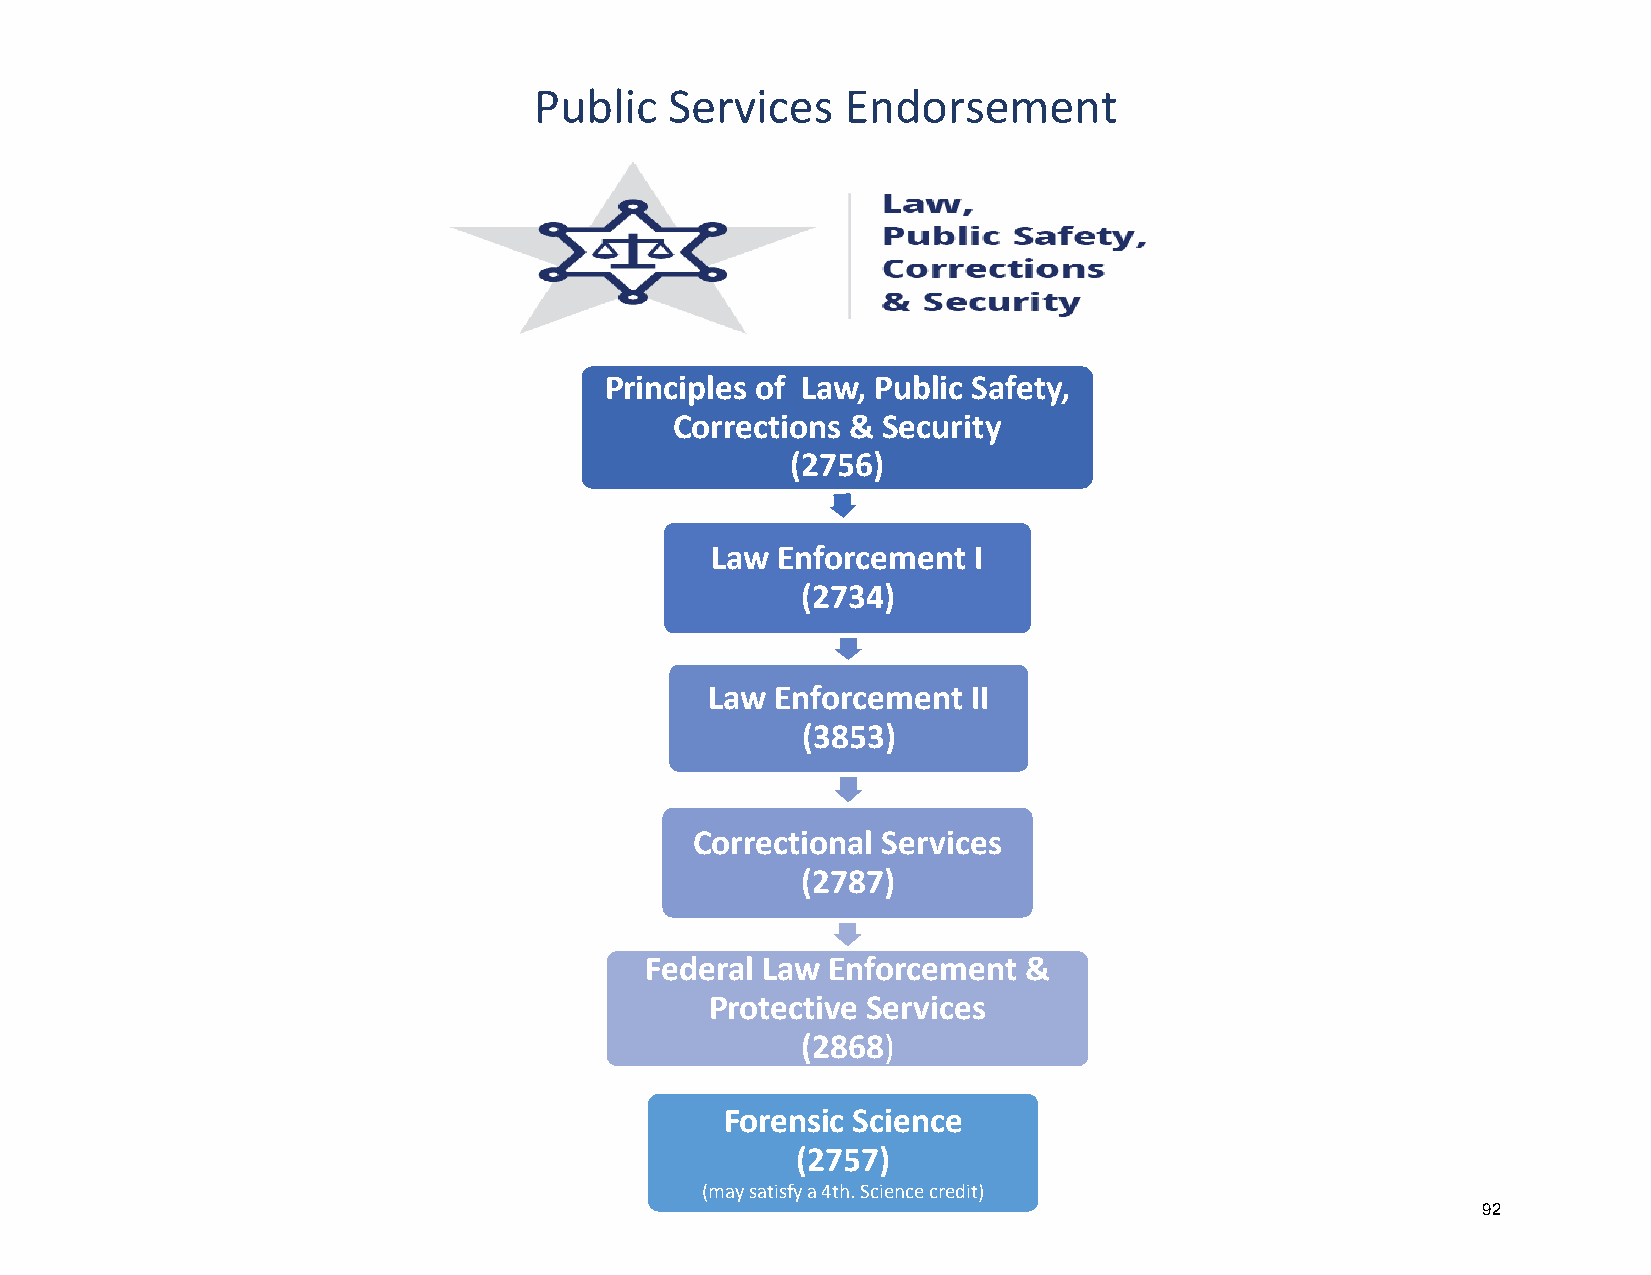
Public   Services    Endorsement
 Principles of Law, Public Safety,
 Corrections & Security
 (2756)
 Law Enforcement  I
 (2734)
 Law Enforcement  II
 (3853)
 Correctional Services
 (2787)
 Federal Law Enforcement  &
 Protective Services
 (2868)
 Forensic Science
 (2757)
 (may satisfy a 4th. Science credit)
 92